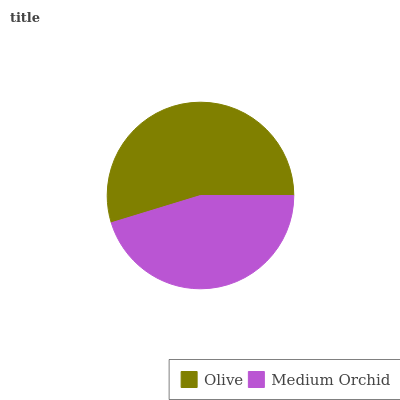
| Olive | Medium Orchid |
 | --- | --- |
 | 54.7% | 45.3% |